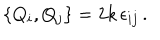
\left\{ Q _ { i } , Q _ { j } \right\} = 2 k \, \epsilon _ { i j } \, .